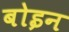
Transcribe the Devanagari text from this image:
बोइन